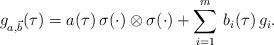
LaTeX: \begin{align*}g_{a, \vec{b}} (\tau) = a(\tau) \, \sigma( \cdot) \otimes \sigma (\cdot)+ \sum_{i=1}^m \, b_i(\tau) \, g_i. \end{align*}